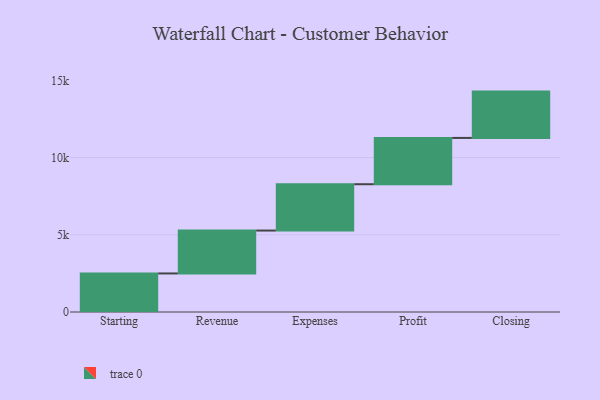
{"axis": {"x": "Step", "y": "Value"}, "legend": [""], "data": [{"x": "Starting", "y": 2497.0, "type": ""}, {"x": "Revenue", "y": 2779.0, "type": ""}, {"x": "Expenses", "y": 3000, "type": ""}, {"x": "Profit", "y": 3000, "type": ""}, {"x": "Closing", "y": 3000, "type": ""}]}